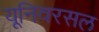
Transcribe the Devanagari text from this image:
यूनिवरसल